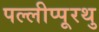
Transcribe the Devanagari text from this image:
पल्लीप्पूरथु